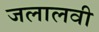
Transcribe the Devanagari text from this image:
जलालवी